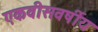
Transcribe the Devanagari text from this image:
एकवीसवर्षीय